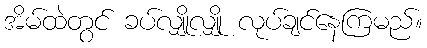
အိမ်ထဲတွင် ခပ်လျှိုလျှို လုပ်ချင်နေကြမည်။